Madras plague regulations and rules - Volume 2
Disease focus: Plague
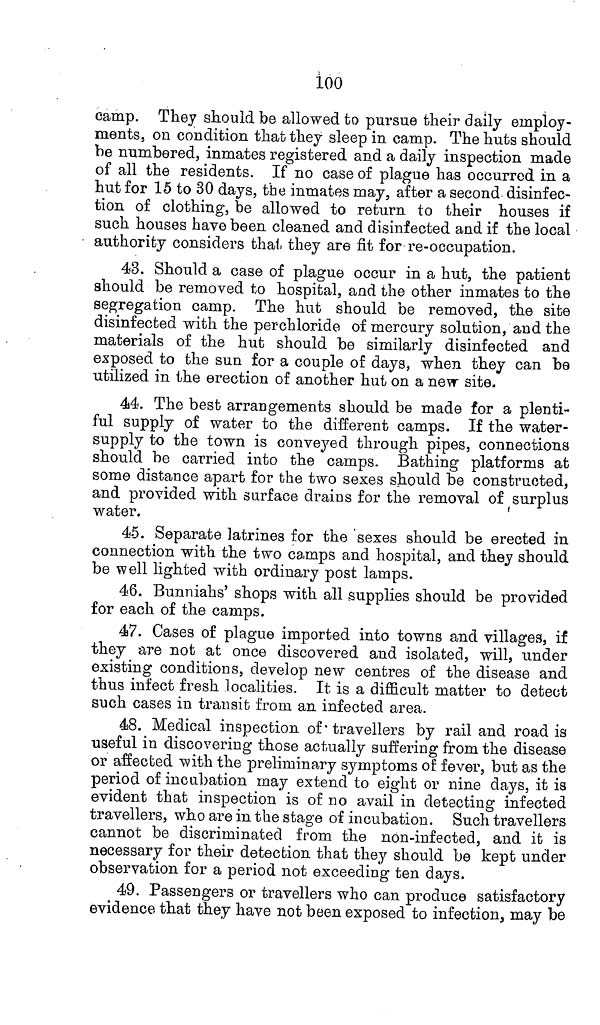
100
camp. They should be allowed to pursue their daily employ-
ments, on condition that they sleep in camp. The huts should
be numbered, inmates registered and a daily inspection made
of all the residents. If no case of plague has occurred in a
hut for 15 to 30 days, the inmates may, after a second disinfec-
tion of clothing, be allowed to return to their houses if
such houses have been cleaned and disinfected and if the local
authority considers that they are fit for re-occupation.
43. Should a case of plague occur in a hut, the patient
should be removed to hospital, and the other inmates to the
segregation camp. The hut should be removed, the site
disinfected with the perchloride of mercury solution, and the
materials of the hut should be similarly disinfected and
exposed to the sun for a couple of days, when they can be
utilized in the erection of another hut on a new site.
44. The best arrangements should be made for a plenti-
ful supply of water to the different camps. If the water-
supply to the town is conveyed through pipes, connections
should be carried into the camps. Bathing platforms at
some distance apart for the two sexes should be constructed,
and provided with surface drains for the removal of surplus
water.
45. Separate latrines for the sexes should be erected in
connection with the two camps and hospital, and they should
be well lighted with ordinary post lamps.
46. Bunniahs' shops with all supplies should be provided
for each of the camps.
47. Cases of plague imported into towns and villages, if
they are not at once discovered and isolated, will, under
existing conditions, develop new centres of the disease and
thus infect fresh localities. It is a difficult matter to detect
such cases in transit from an infected area.
48. Medical inspection of travellers by rail and road is
useful in discovering those actually suffering from the disease
or affected with the preliminary symptoms of fever, but as the
period of incubation may extend to eight or nine days, it is
evident that inspection is of no avail in detecting infected
travellers, who are in the stage of incubation. Such travellers
cannot be discriminated from the non-infected, and it is
necessary for their detection that they should be kept under
observation for a period not exceeding ten days.
49. Passengers or travellers who can produce satisfactory
evidence that they have not been exposed to infection, may be